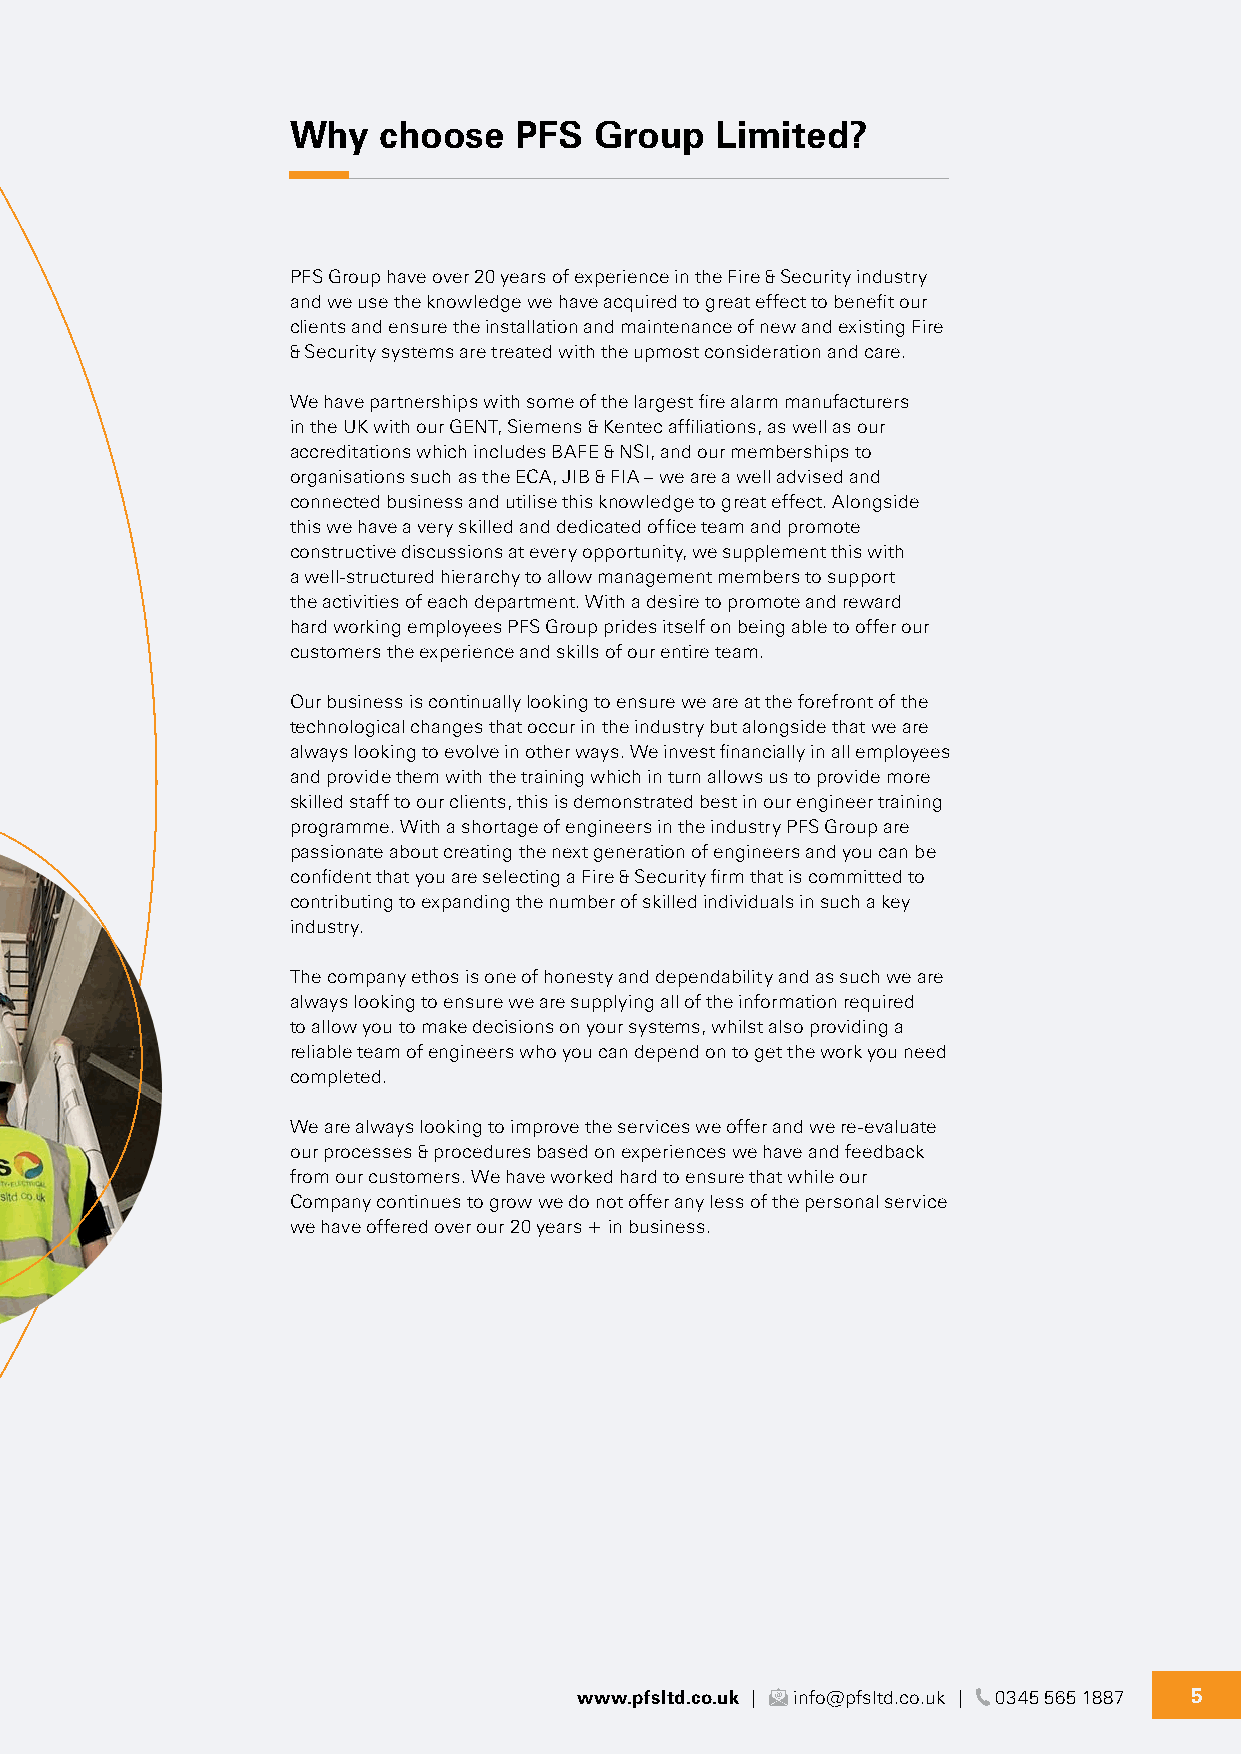
Why   choose   PFS  Group   Limited?
 PFS Group have over 20 years of experience in the Fire & Security industry
 and we use the knowledge we have acquired to great effect to benefit our
 clients and ensure the installation and maintenance of new and existing Fire
 & Security systems are treated with the upmost consideration and care.
 We have partnerships with some of the largest fire alarm manufacturers
 Fire Extinguishers
 in the UK with our GENT, Siemens & Kentec affiliations, as well as our
 accreditations which includes BAFE & NSI, and our memberships to
 organisations such as the ECA, JIB & FIA – we are a well advised and
 connected business and utilise this knowledge to great effect. Alongside
 Fire Risk Assessments
 this we have a very skilled and dedicated office team and promote
 constructive discussions at every opportunity, we supplement this with
 a well-structured hierarchy to allow management members to support
 the activities of each department. With a desire to promote and reward
 Gas / Mechanical Suppression
 hard working employees PFS Group prides itself on being able to offer our
 customers the experience and skills of our entire team.
 Our business is continually looking to ensure we are at the forefront of the
 Intruder Alarms
 technological changes that occur in the industry but alongside that we are
 always looking to evolve in other ways. We invest financially in all employees
 and provide them with the training which in turn allows us to provide more
 skilled staff to our clients, this is demonstrated best in our engineer training
 Intruder Alarm Remote Monitoring
 programme. With a shortage of engineers in the industry PFS Group are
 passionate about creating the next generation of engineers and you can be
 confident that you are selecting a Fire & Security firm that is committed to
 contributing to expanding the number of skilled individuals in such a key
 Smoke Vents / Windows
 industry.
 (AOVs)
 The company ethos is one of honesty and dependability and as such we are
 always looking to ensure we are supplying all of the information required
 to allow you to make decisions on your systems, whilst also providing a
 Sprinklers         reliable team of engineers who you can depend on to get the work you need
 completed.
 We are always looking to improve the services we offer and we re-evaluate
 Staff Training     our processes & procedures based on experiences we have and feedback
 from our customers. We have worked hard to ensure that while our
 Company continues to grow we do not offer any less of the personal service
 we have offered over our 20 years + in business.
 Voice Alarms
 Weekly Fire Alarm Testing
 And more...
 Contact us with your requirements
 www.pfsltd.co.uk | info@pfsltd.co.uk | 0345 565 1887 5